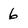
Character: 6